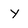
Character: y